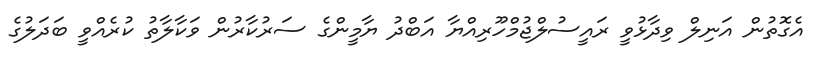
އެގޮތުން އަނިލް ވިދާޅުވީ ރައީސުލްޖުމްހޫރިއްޔާ އަބްދު ޔާމީންގެ ސަރުކާރުން ވަކާލާތު ކުރެއްވީ ބަދަލުގެ